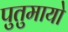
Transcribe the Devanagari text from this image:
पुतुमायो